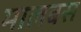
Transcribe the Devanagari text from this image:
मालबस